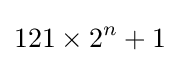
121\times 2^{n}+1